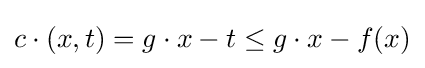
c\cdot (x,t)=g\cdot x-t\leq g\cdot x-f(x)